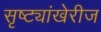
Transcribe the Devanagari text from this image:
सृष्ट्यांखेरीज